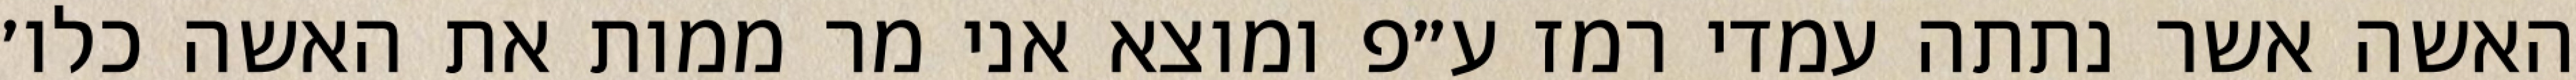
האשה אשר נתתה עמדי רמז ע״פ ומוצא אני מר ממות את האשה כלו׳